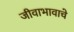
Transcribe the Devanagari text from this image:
जीवाभावाचे